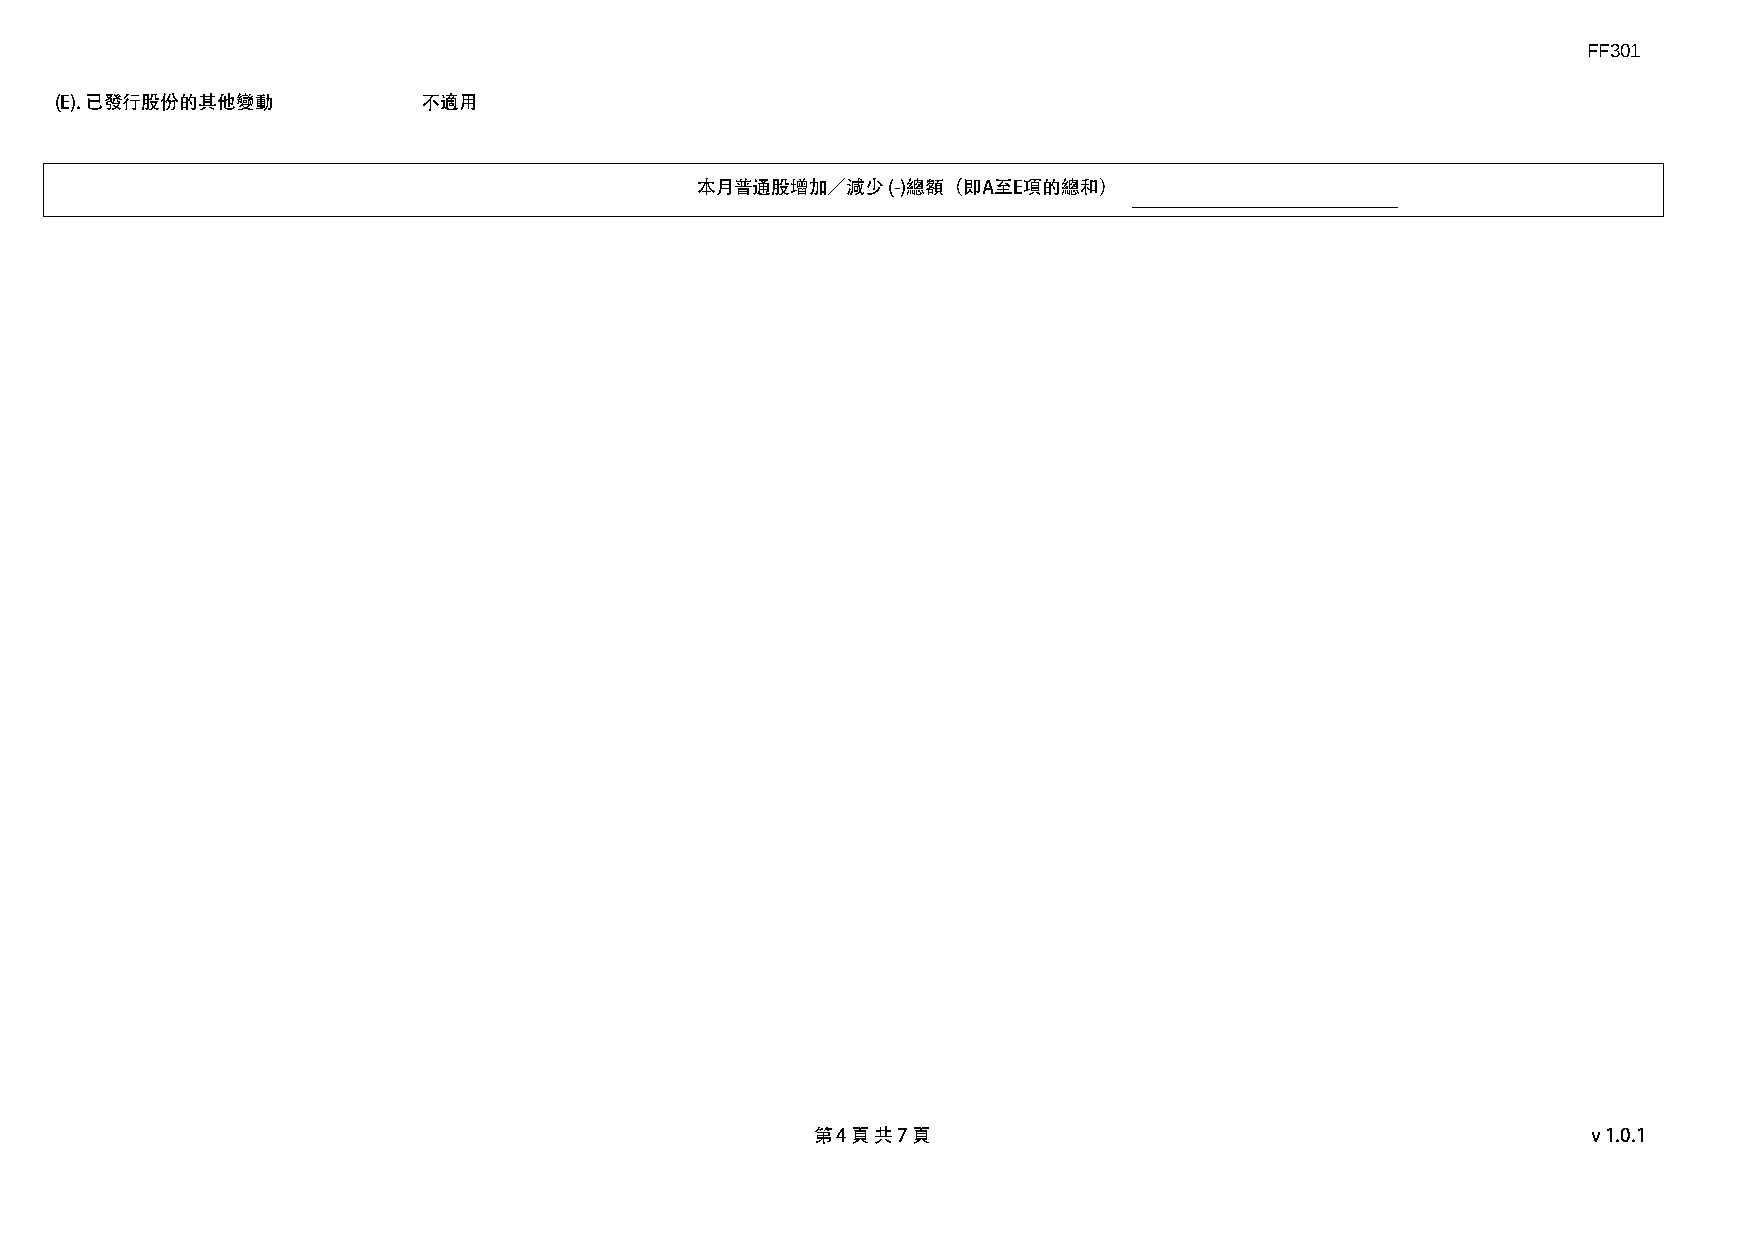
FF301
 (E). 已發行股份的其他變動         不適用
 本月普通股增加／減少   (-)總額（即A至E項的總和）
 第 4 頁 共 7 頁                                        v1.0.1